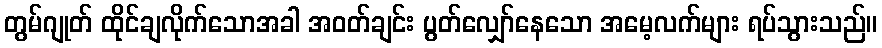
တွမ်ဂျုတ် ထိုင်ချလိုက်သောအခါ အဝတ်ချင်း ပွတ်လျှော်နေသော အမေ့လက်များ ရပ်သွားသည်။